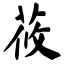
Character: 莜